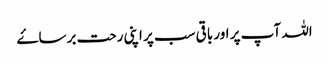
اللہ آپ پر اور باقی سب پر اپنی رحت برساۓ